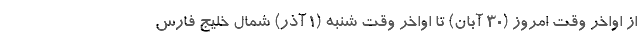
از اواخر وقت امروز (۳۰ آبان) تا اواخر وقت شنبه (۱ آذر) شمال خلیج فارس